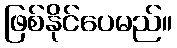
ဖြစ်နိုင်ပေမည်။